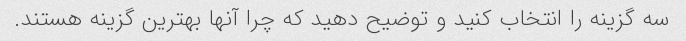
سه گزینه را انتخاب کنید و توضیح دهید که چرا آنها بهترین گزینه هستند.